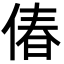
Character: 偆